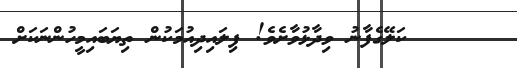
ކަލޭގެފާނު ވިދާޅުވާށެވެ! ފިލައިދިއުމަކުން ތިޔަބައިމީހުންނަކަށް